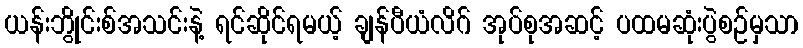
ယန်းဘွိုင်းစ်အသင်းနဲ့ ရင်ဆိုင်ရမယ့် ချန်ပီယံလိဂ် အုပ်စုအဆင့် ပထမဆုံးပွဲစဉ်မှသာ